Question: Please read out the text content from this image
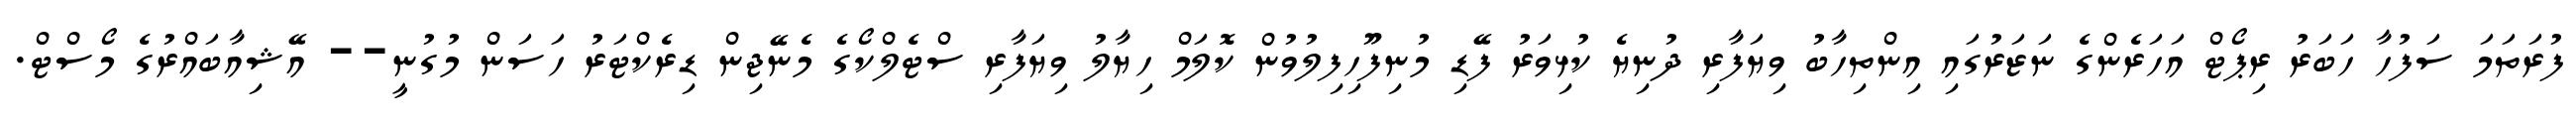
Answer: ފުރަތަމަ ސަފުހާ ހަބަރު ރިޕޯޓް އަހަރެންގެ ނަޒަރުގައި އިންތިހާބު ވިޔަފާރި ދުނިޔެ ކުޅިވަރު ފޭޑި މުނިފޫހިފިލުވުން ކޮލަމް ހިޔާލު ވިޔަފާރި ސްޓެލްކޯގެ މެނޭޖިން ޑިރެކްޓަރު ހަސަން މުގުނީ-- އޭޝިއާބައްރުގެ މޯސްޓް.